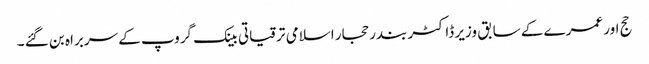
حج اور عمرے کے سابق وزیر ڈاکٹر بندر حجار اسلامی ترقیاتی بینک گروپ کے سربراہ بن گئے ۔